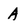
Character: A